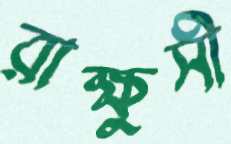
রাক্ষুসী